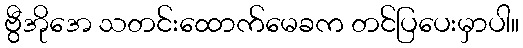
ဗွီအိုအေ သတင်းထောက်မေခက တင်ပြပေးမှာပါ။